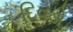
દિવડો